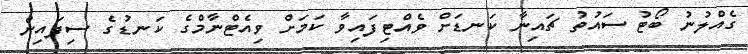
ގެއްލުނު ބޯޓު ސައުތު ޗައިނާ ކަނޑަށް ވެއްޓިފައިވާ ކަމަށް ވިއެޓްނާމްގެ ކަނޑުގެ ސިފައިން